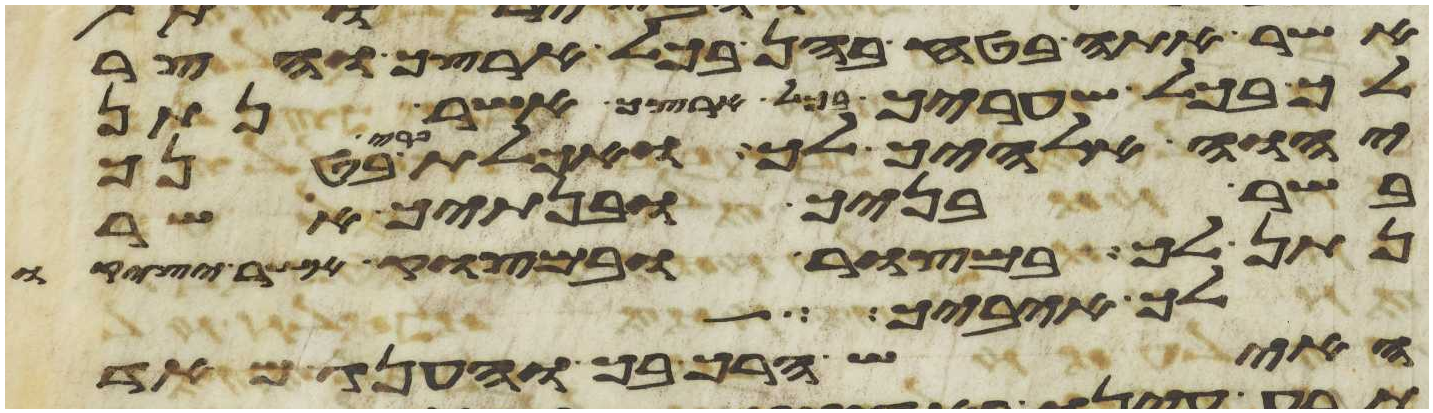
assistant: אשר אתה בטח בהן בכל ארצך והצר
לך בכל שעריך בכל ארצך אשר נתן
יהוה אלהיך לך ואכלת פרי בטנך
בשר בניך ובנתיך אשר
נתן לך במצור ובמצוק אשר יציק
לך איביך
האיש הרך בך והענג מאד